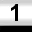
Digit: 1